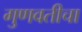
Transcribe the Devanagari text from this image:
गुणवतीचा